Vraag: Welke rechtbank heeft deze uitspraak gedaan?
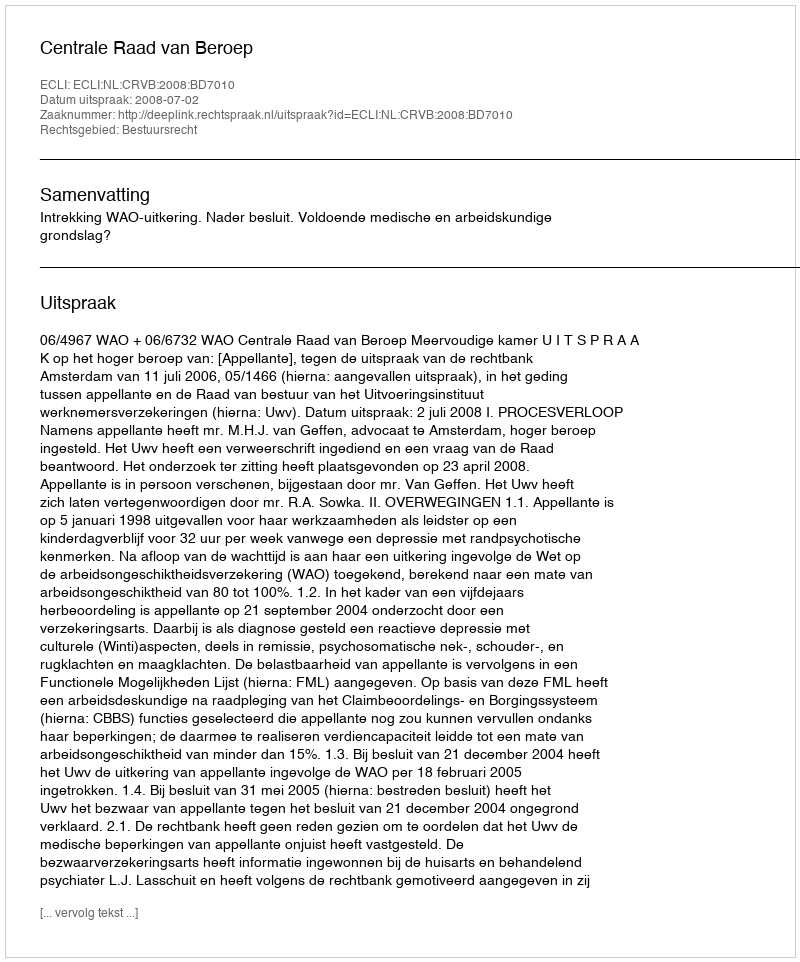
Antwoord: Centrale Raad van Beroep